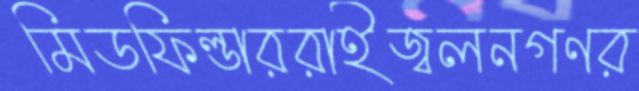
মিডফিল্ডাররাইজ্বলনগণর